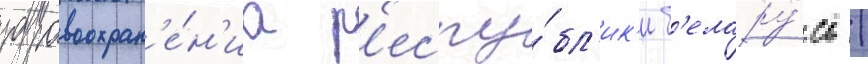
здравоохран'е́н'иа р'еспу́бл'ик'и б'елару́сь /